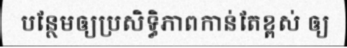
បន្ថែមឲ្យប្រសិទ្ធិភាពកាន់តែខ្ពស់ ឲ្យ